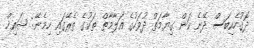
ދޮގުހެކިބަސް ދޭނެ ކަން ގިޔާމަތް ދުވަހުގެ އަލާމާތް ތަކުގެ ތެރޭގައި ހިމެނޭ: ޝައިޚް